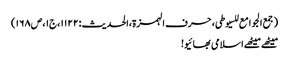
(جمع الجوامع للسیوطی،حرف الہمزۃ،الحدیث:۱۱۲۲،ج۱،ص۱۶۸)
میٹھے میٹھے اسلامی بھائیو!